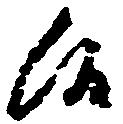
候